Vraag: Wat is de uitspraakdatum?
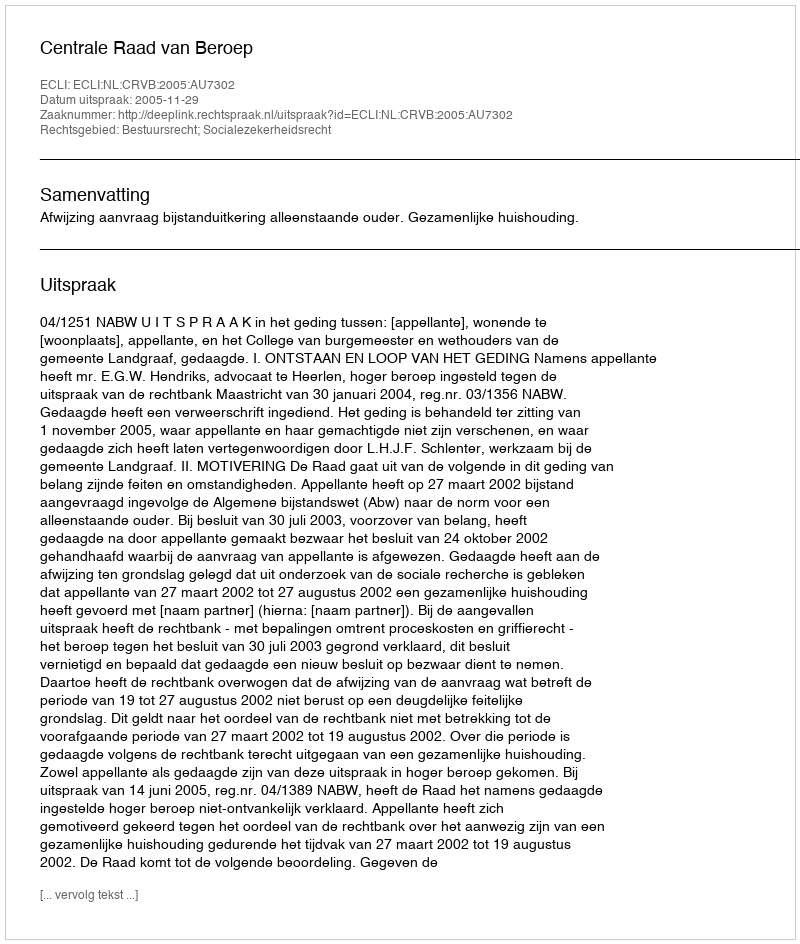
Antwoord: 2005-11-29